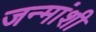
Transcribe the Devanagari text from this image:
जन्मांशी